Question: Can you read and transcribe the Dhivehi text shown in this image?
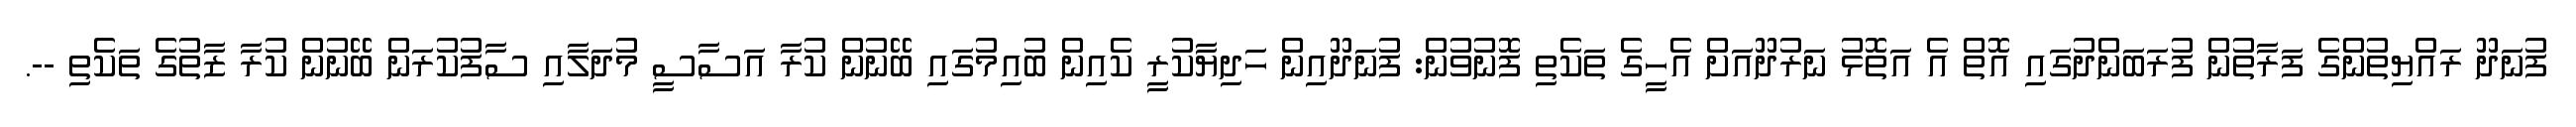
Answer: ފުނަދޫ ރައްޔިތުންގެ ފަރާތުން ފުރަބަންދުގައި އޮތް އެ އަތޮޅު ނަރުދޫއަށް އެހީގެ ތަކެތި ފޮނުވުން: ފުނަދޫއިން ހަދިޔާކުރީ ކެއިން ބުއިމުގައި ބޭނުން ކުރާ އަސާސީ މުދަލާއި ސާފުކުރަން ބޭނުން ކުރާ ޒާތުގެ ތަކެތި --.